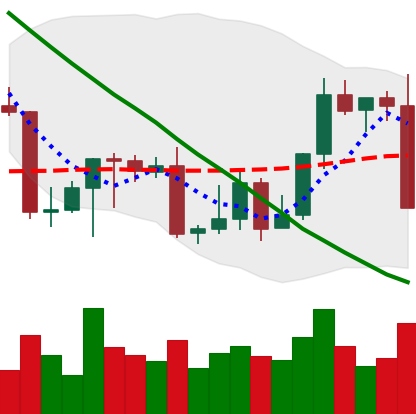
Ticker: LTC-USD
Chart end date: 2022-09-06
Forward return: 14.602%
Label: up_7plus